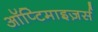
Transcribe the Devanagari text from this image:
ऑप्टिमाइज़र्स